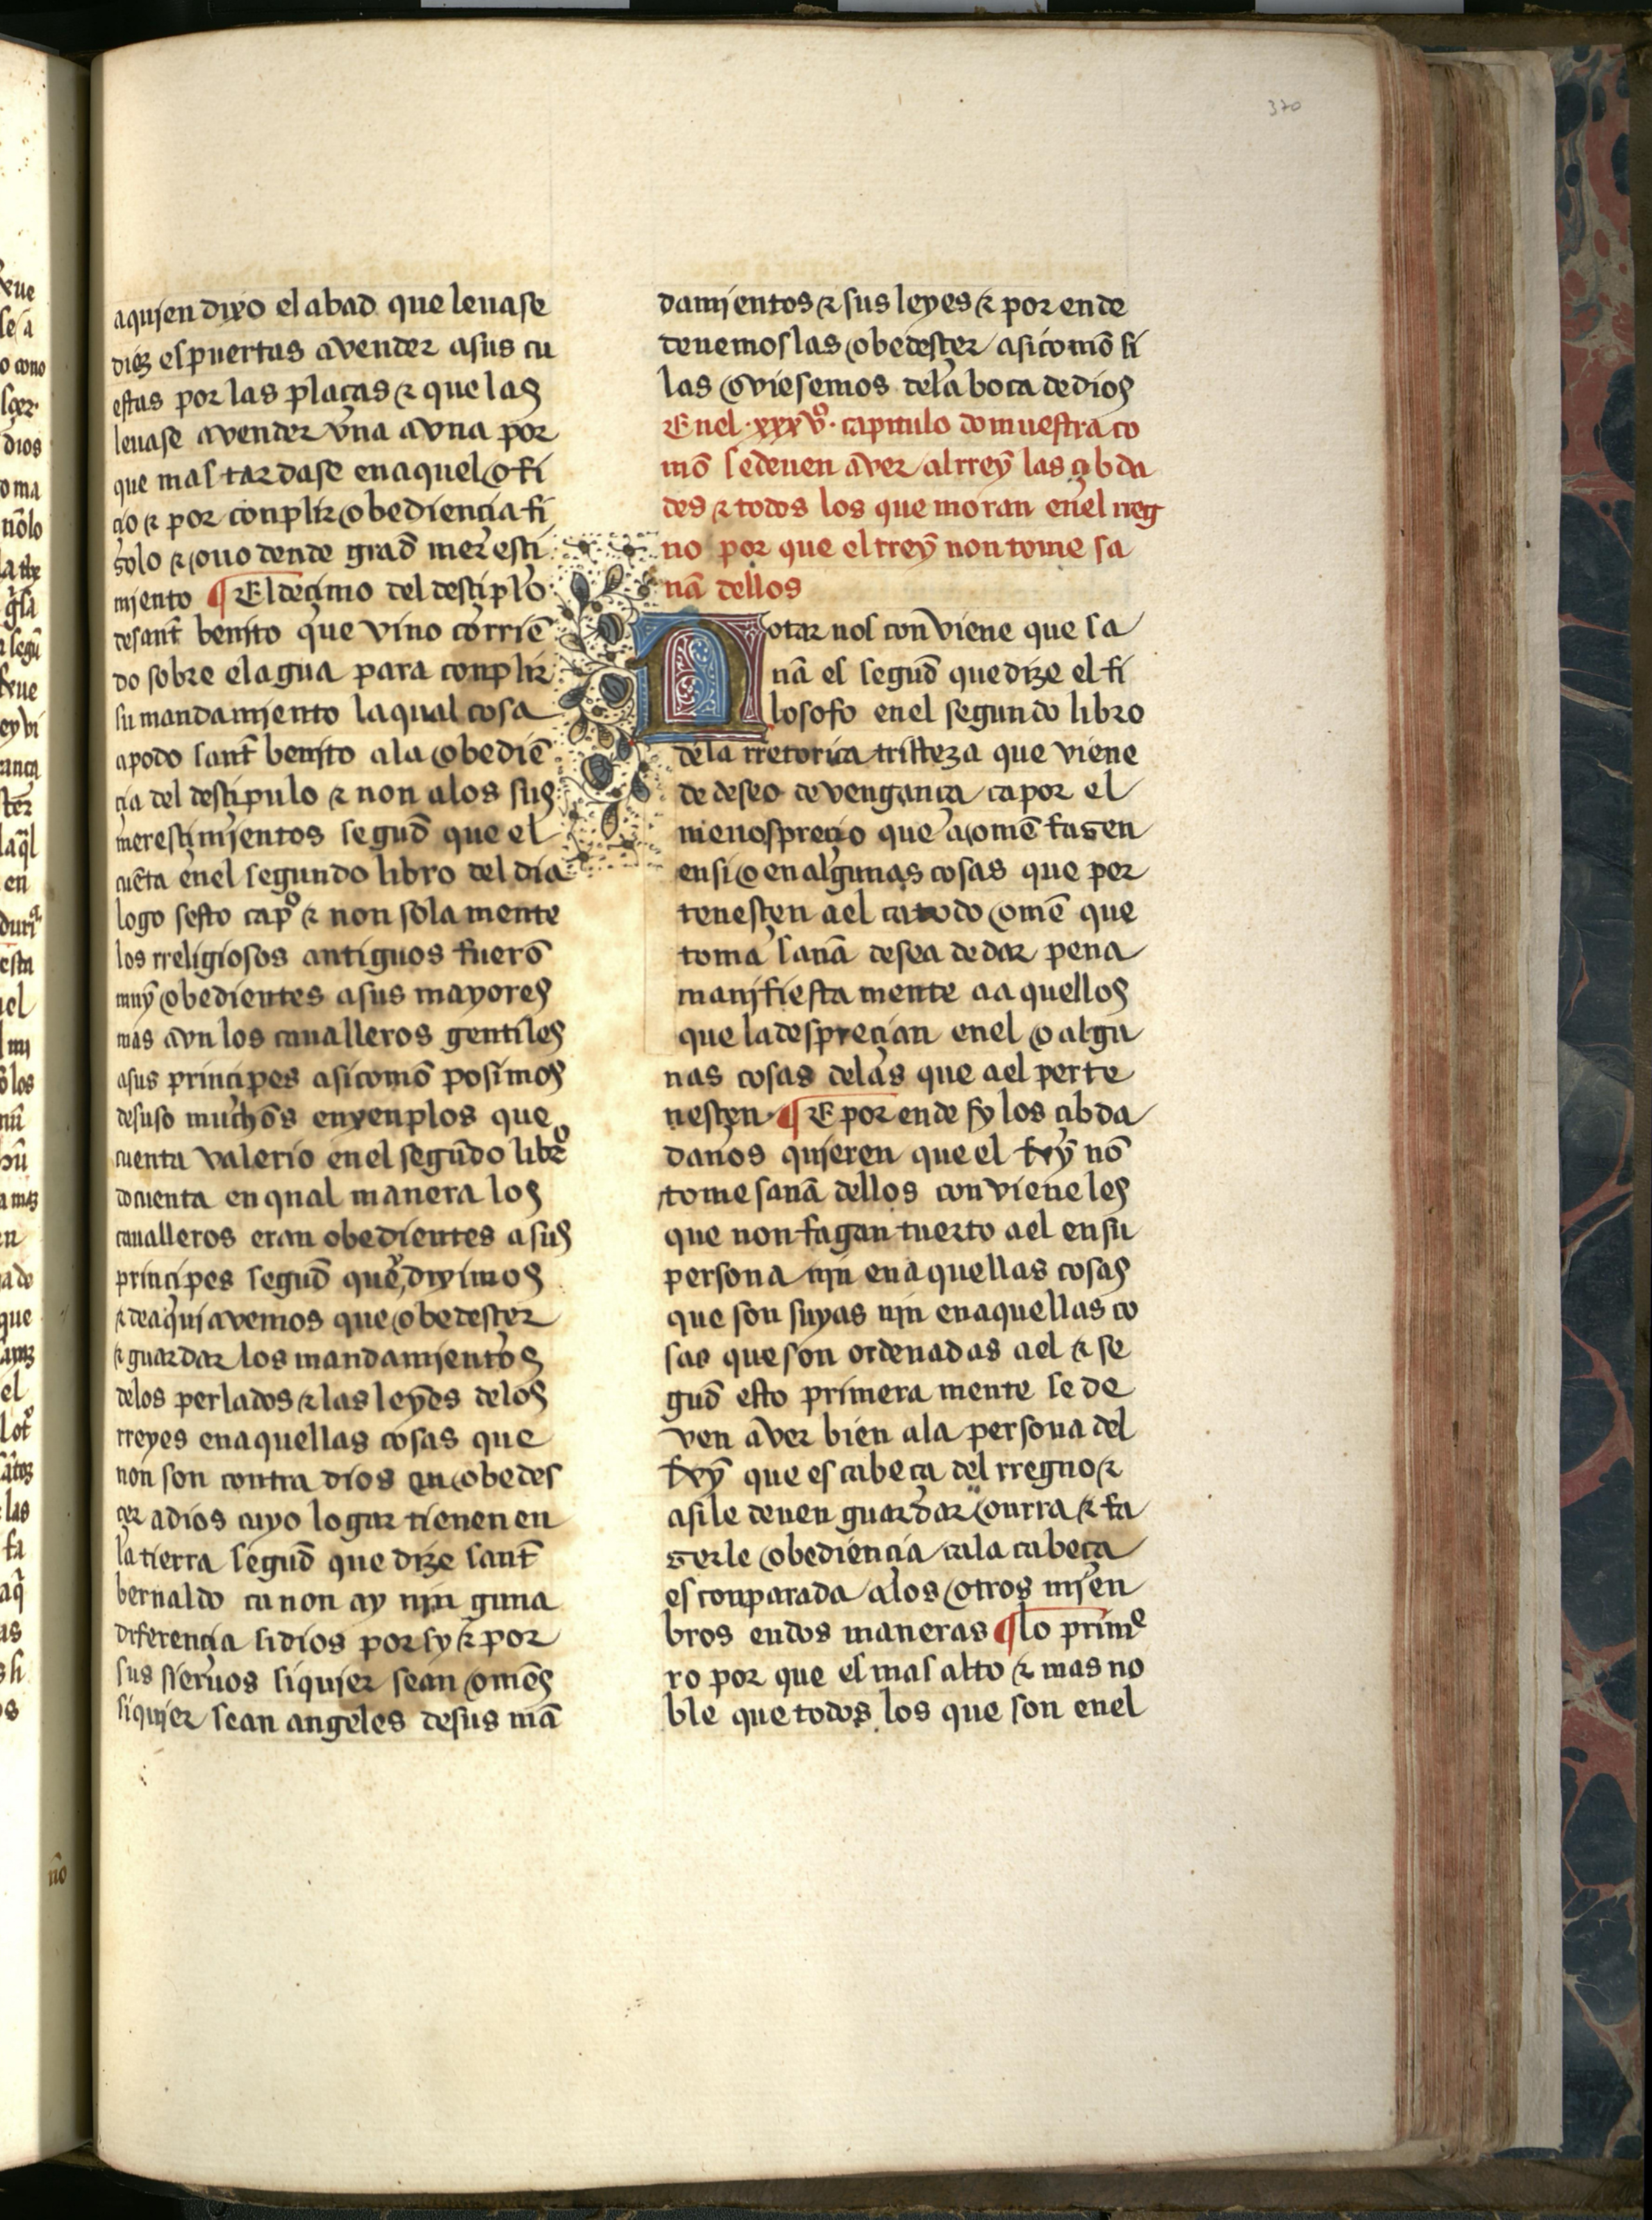
Shelfmark: Salamanca, Biblioteca Histórica USAL, 2709
Century: 15